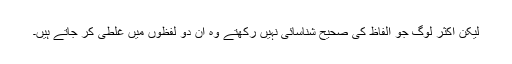
لیکن اکثر لوگ جو الفاظ کی صحیح شناسائی نہیں رکھتے وہ ان دو لفظوں میں غلطی کر جاتے ہیں۔